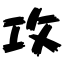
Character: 攻